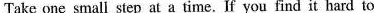
Take one small step at a time.If you find it hard to